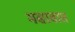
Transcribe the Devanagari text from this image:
मसावात